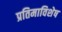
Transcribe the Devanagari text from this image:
प्रतिमाविशेष